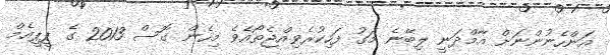
އަންހެނުންނަށް އާމްދަނީ ލިބޭނެ މަގު ފަހިކުރެވިއްޖެތޯއެވެ މިހެން ގޮސް 2013 ގެ ޕީޕީއެމް